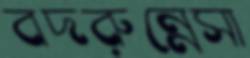
বদরুন্নেসা